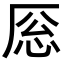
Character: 𪠎